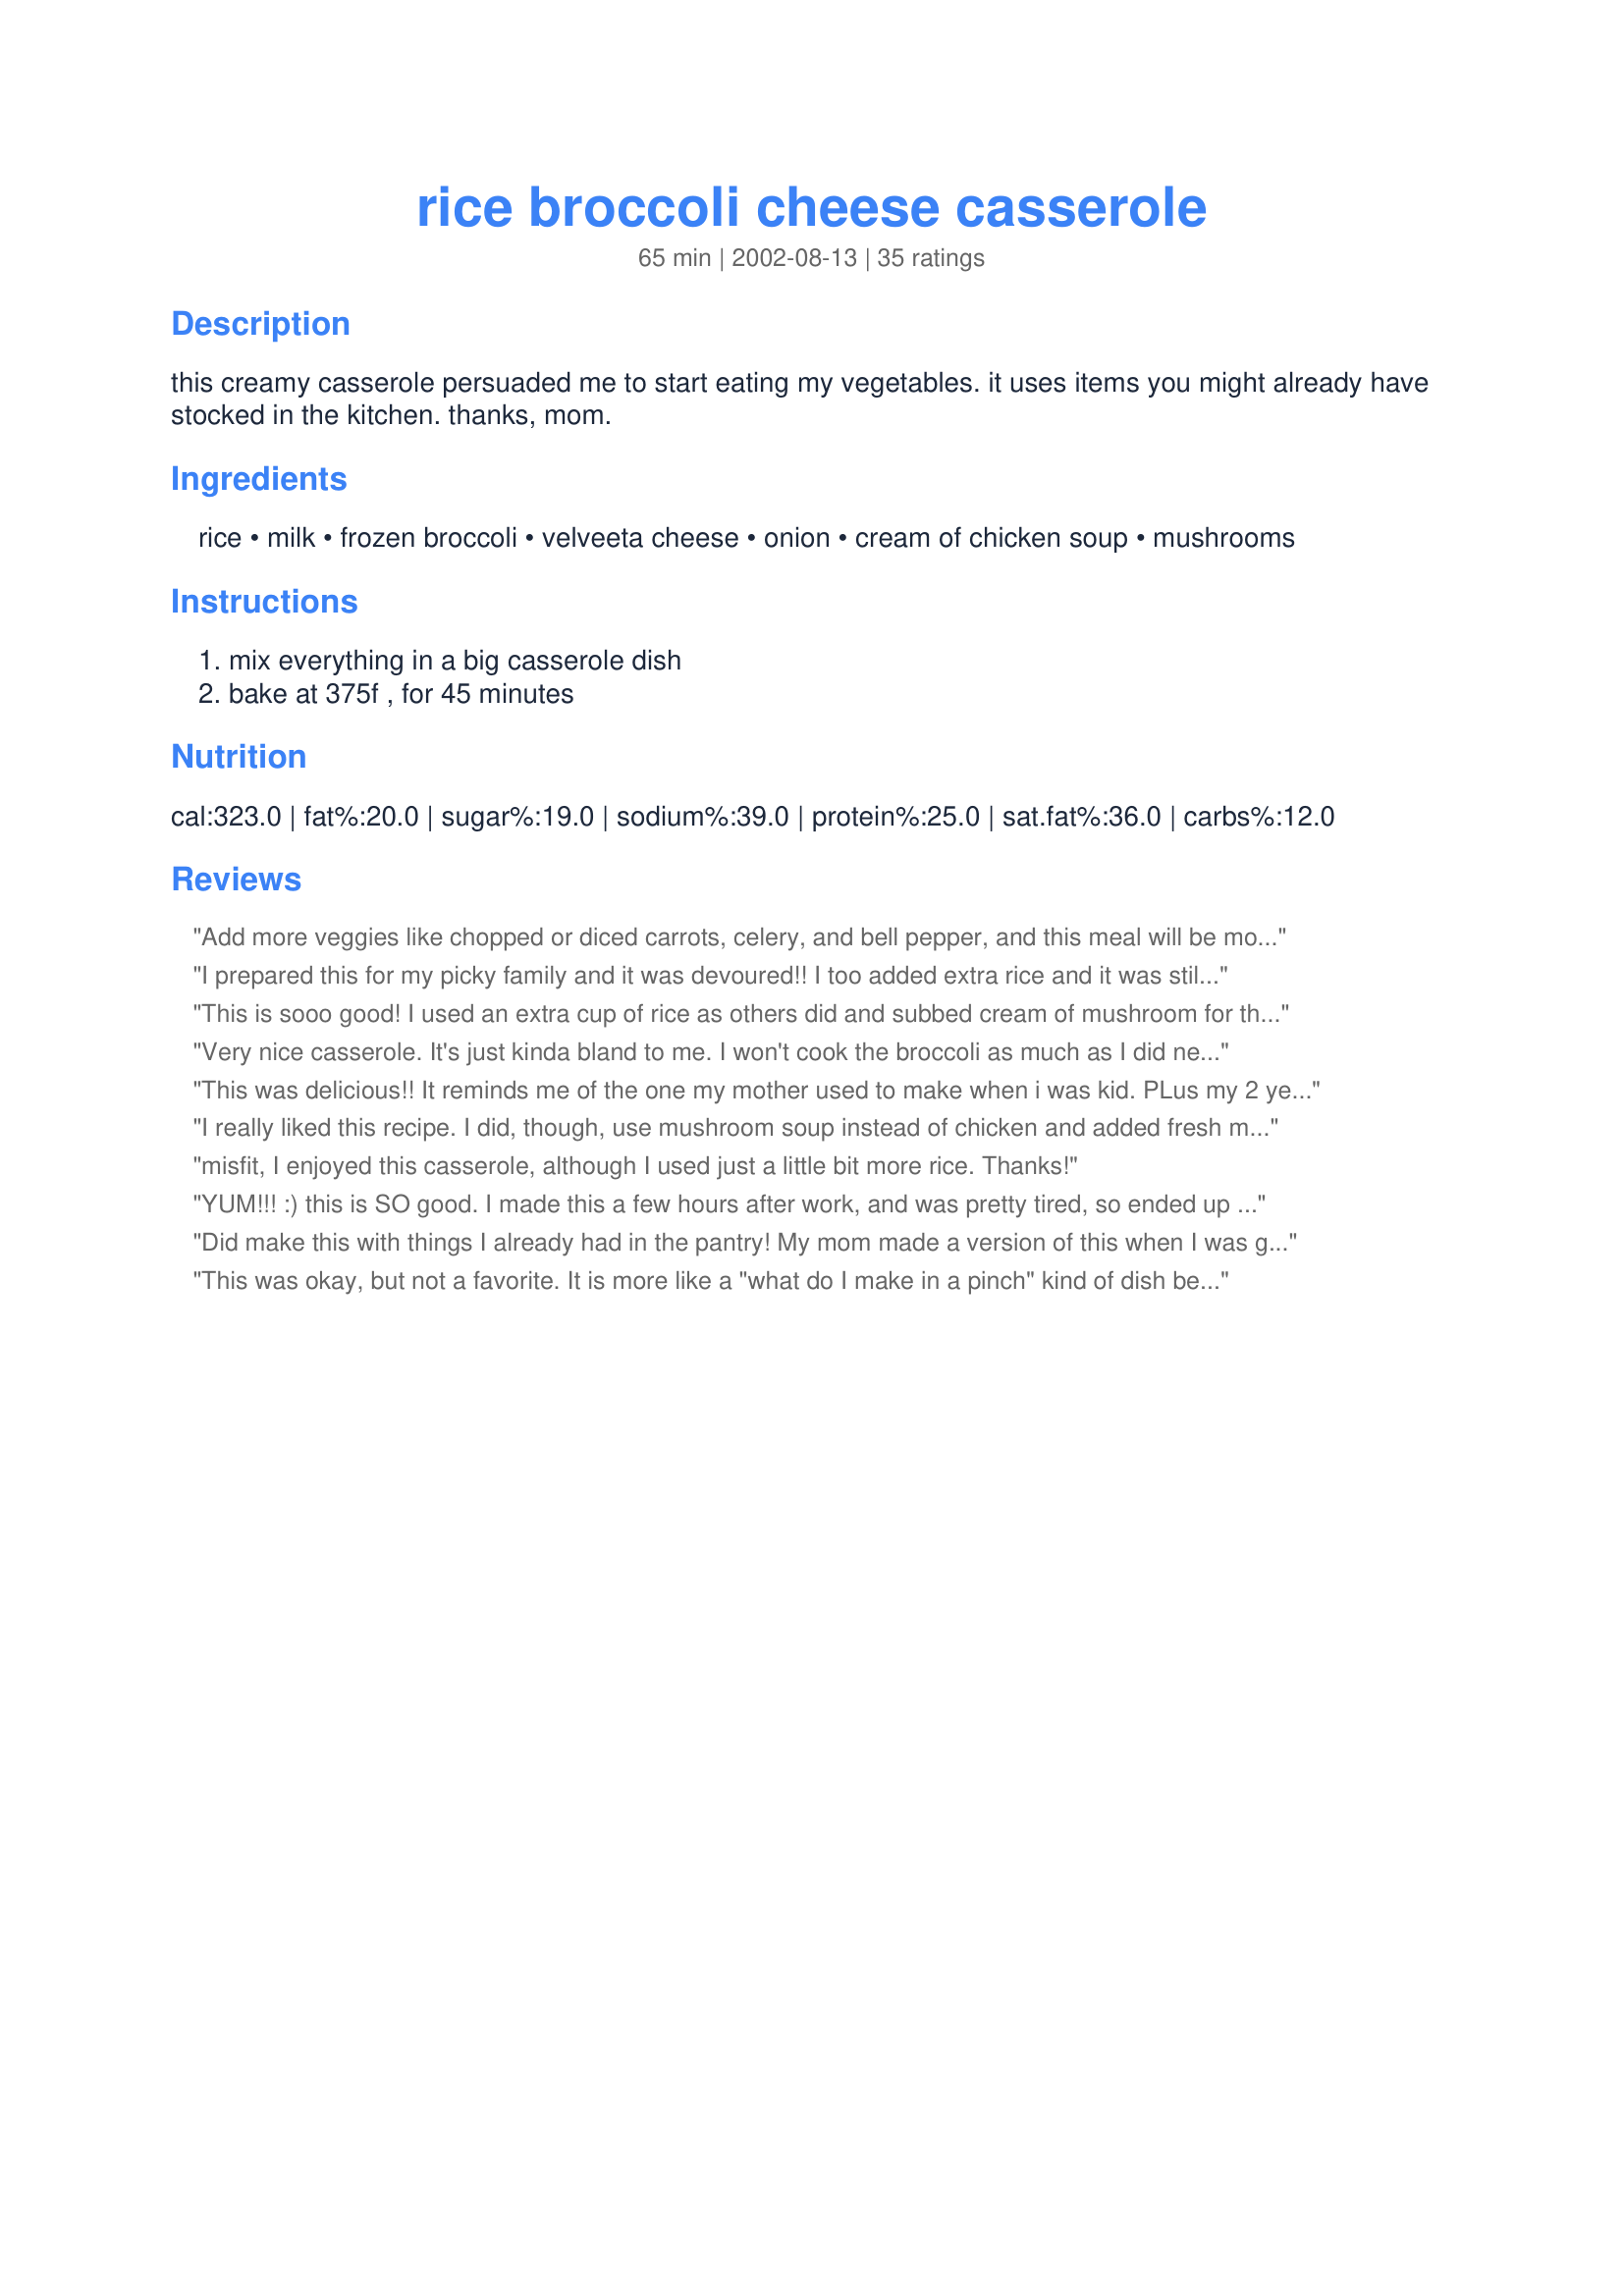
rice broccoli cheese casserole
Preparation time: 65 minutes

this creamy casserole persuaded me to start eating my vegetables. it uses items you might already have stocked in the kitchen. thanks, mom.

Ingredients:
rice, milk, frozen broccoli, velveeta cheese, onion, cream of chicken soup, mushrooms

Steps:
mix everything in a big casserole dish, bake at 375f , for 45 minutes

Reviews:
Add more veggies like chopped or diced carrots, celery, and bell pepper, and this meal will be more interesting and flavorful. Also, it wouldn't hurt to add some seasonings, such as dried or fresh basil, Spike, or allspice.
I prepared this for my picky family and it was devoured!! I too added extra rice and it was still creamy and great! Thank you for posting I will be making this again very soon.
This is sooo good! I used an extra cup of rice as others did and subbed cream of mushroom for the soup. This does make the cooled casserole quite stiff, if you want it looser, add more milk accordingly. We didn't mind the thicker texture. Fabulous simple recipe-- and 10x better than the "frozen dinner" variety at the market. My 9 year old had THREE helpings ;) Thanks misfit for this keeper!
Very nice casserole. It's just kinda bland to me. I won't cook the broccoli as much as I did next time. It turned out over cooked. I'll be making this again for sure. Thanks for sharing.
This was delicious!! It reminds me of the one my mother used to make when i was kid. PLus my 2 year old loved it and what a great way for her to get in some vegetables!
I really liked this recipe.
I did, though, use mushroom soup instead of chicken and added fresh mushrooms instead of canned.
misfit, I enjoyed this casserole, although I used just a little bit more rice. Thanks!
YUM!!! :) this is SO good. I made this a few hours after work, and was pretty tired, so ended up making some accidental substitutions... still came out great! I used 2 cups of rice, and accidentally threw in a 16 oz bag of broccoli (didn't mind at all!) and used 16 oz of velveeta (light). I totally forgot the onion, didn't put in the mushrooms by choice, and used a cream of mushroom soup instead of cream of chicken. ALL THIS and it still came out absolutely delicious. this is a keeper & going straight to my 'zaar stars' cookbook!!! my only tiny suggestion is to let it sit for about 5-10 minutes after taking it out of the oven because it becomes a little firmer and the flavors mingle even more. this recipe would be 10 stars if I was allowed to give that many!! thanks again for sharing.
Did make this with things I already had in the pantry! My mom made a version of this when I was growing up. She always used Cream Of Mushroom in hers, and so that's what i did. I used fresh broccoli too (about 2 1/2 cups) Now my mistake (which I knew even as I did it!) was that I used brown rice (it was what I had). I don't suggest it! The brown rice didn't soak up the amount of liquid that normal white rice does (despite using over 2 cups cooked rice) and so my end result was a little soupy (my bad). It might have worked if I'd added it dry and then baked, but who knows. All and all good flavor and we both went back for seconds. Thanks!
This was okay, but not a favorite. It is more like a "what do I make in a pinch" kind of dish because it was VERY easy to make and used up stuff I had in the house. Thanks!
My family loved it, I used extra rice as other posters had suggested and it turned out great!
Delicious. Very easy to make. I used brown rice and fresh mushrooms. My family loved this recipe.
This was really good. I took hints from some of the other reviews, I boosted the rice to two cups, I sautee'd the onion with a quarter cup chopped red pepper before I added it to the mix, and I undercooked my rice just a smidge. I used a med. head of fresh broccoli, blanched it for three minutes then sent it into ice water to keep the color. I didn't measure the cheese, just added three thick slices of velveeta off the block. I used one soup can full of skim milk,stirred all the sauce ingredients together over low heat until creamy, then added the rest of the ingedients, also as some others suggested I added a little more then a cup of some leftover smoked turkey breast. Turned it all into the baking dish and it came out simply lovely! Cheesy and rich. I'll add this one to the rotation, thanks!!
I tried this last night and my kids and hubby loved it.. thnx alot!
Very nice presentation! I used cream of mushroom soup (reduced fat), brown rice, sliced velveeta, and didn't have any mushrooms. I topped it off with some breadcrumbs at the end and brown it up just a little. It was a hit with the velveeta fans here. Thanks so much for posting!
I made this casserole for Thanksgiving dinner. It was a huge hit, everyone liked it. I'm not a huge mushroom fan so instead of using cream of chicken soup I used cream of mushroom and left out the can of mushrooms. I think it turned out great.
I, too, made a couple of changes that I believe make a big difference. I used extra rice as well. I used cheese whiz instead of velvetta, because you can actually combine the soup and cheese and get a better flavor. I also do not precook my broccoli. Just let set out on the counter for a few minutes (maybe 5-10) and throw it in. I either precook the onion or just leave it out. For those that want to kick up a notch, add a tablespoon of your fav. salsa. One last hint:I slightly undercook my rice, so it's not mushy when this cooks.
Prepared as directed, except used cream of mushroom soup. Felt it was rather bland.
This is my husband's all time favorite side dish. I think it's a little bland myself. I brown the onions before adding. We have this at most holiday meals, and his birthday.
This is almost exactly like my moms recipe. I use 1 C extra rice as well. I also warm the soup, milk, and velvetta on the stove so its nice and melted and blended before putting it in the casserole. I precook the broccoli in the microwave and then chopp it up finner (personal preferance). Then I also like to add cooked cubed chicken breast to make it a main dish. One of my favorite meals!
Delicious!! I used more rice and cream of mushroom soup instead of chicken. I also left out the onion and mushrooms and it turned out simple but fantastic
I'm not sure I should be reviewing this. I just used this recipe as a starting point. But we all loved the final outcome. One of my son-in-laws has requested it again!
This was very good. I used about 2 cups of rice and a head of fresh broccoli that I steamed first. Will make again! Thanks!
I made this but changed a few things, I cook the rice in chicken broth and add a seasonign blend of frozen onions, celery, bell peppers and parsley to the boiling broth to cook the rice in, I also use cream of chicken with mushrooms soup, it is requested by my grandchildren for every holiday
I didn't love this, but it was ok. My hubby really enjoyed it, so I guess I'll make it again. I don't know what it was, but there was just a flavour there that I didn't really enjoy. I might use a different brand of soup next time. If it makes a difference I'll let you know.
My mom used to make this when I was a kid... I always loved it. Can't wait to make it for mine now. Thanks!
I don't give many things five stars, but this came close. I used extra rice, cream of mushroom soup (reading the recipe wrong). I might use a smaller onion next time, and brown it next time to get a softer onion. Great recipe, will make again in a pinch!
It was a hit' including for those who had never had this casserole. I too added more rice,just a little more cheese. I have been asked to make it at Thanksgiving.
I made this for our supper tonight to go along with our chicken. I used some leftover rice I had in the fridge and had to sub cheddar cheese for the velveeta(didn't know I was out). Even with the subs it was good. I will use this recipe again, as its a great way to incorporate leftover rice into something different and tasty the next night. Thank you for sharing your recipe with us.
got rave reviews from family, thanks!
My husband and I really enjoy this especially on a cold night. I use cream of chicken and mushroom soup (it comes in one can by Campbells) instead of adding mushrooms. I also boil chicken, shred it, and add it into the mix for a heartier version! I also top it with seasoned bread crumbs. It's wonderful!
Completely amazing! I was looking for a copycat of the Broccoli Cheese cassarole they serve at Cheddar's restaurants and couldn't find one that was listed as such, but this is pretty close to the mark! Super cheesy and creamy and good. I subbed cheddar cheese soup for the cream of chicken and topped it with some crushed Cheez Its. Yum and yum.
Add some diced ham for a complete meal, with a salad. <br/>Use real cheddar cheese! & Mushroom soup
I picked up this recipe from Zaar several weeks ago and have already made it for company 3 times. Does that say enough? :) Everyone loved it and ate seconds. For me, I loved how easy it was to prepare and how tasty it is. I have really enjoyed this one. Thank you so much for posting.
This was a great hit at Thanksgiving dinner! I did change it a little. I added 1 more cup of rice and 14 oz of broccoli. I highly recommend trying.
